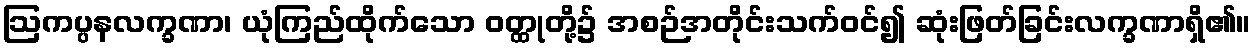
ဩကပ္ပနလက္ခဏာ၊ ယုံကြည်ထိုက်သော ဝတ္ထုတို့၌ အစဉ်အတိုင်းသက်ဝင်၍ ဆုံးဖြတ်ခြင်းလက္ခဏာရှိ၏။